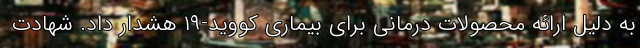
به دلیل ارائه محصولات درمانی برای بیماری کووید-۱۹ هشدار داد. شهادت